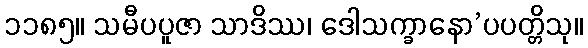
၁၁၈၅။ သမီပပူဇာ သာဒိဿ၊ ဒေါသက္ခာနော’ပပတ္တိသု။